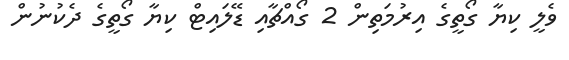
ވެލީ ކިޔާ ގޯތީގެ އިރުމަތިން 2 ގޯއްޗާއި ޑޭލައިޓް ކިޔާ ގޯތީގެ ދެކުނުން